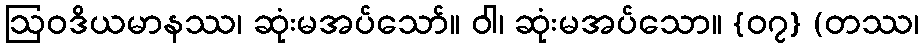
ဩဝဒိယမာနဿ၊ ဆုံးမအပ်သော်။ ဝါ၊ ဆုံးမအပ်သော။ {၀၇} (တဿ၊